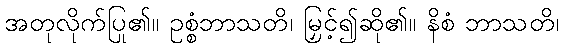
အတုလိုက်ပြု၏။ ဥစ္စံဘာသတိ၊ မြှင့်၍ဆို၏။ နိစံ ဘာသတိ၊